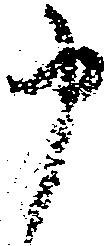
申